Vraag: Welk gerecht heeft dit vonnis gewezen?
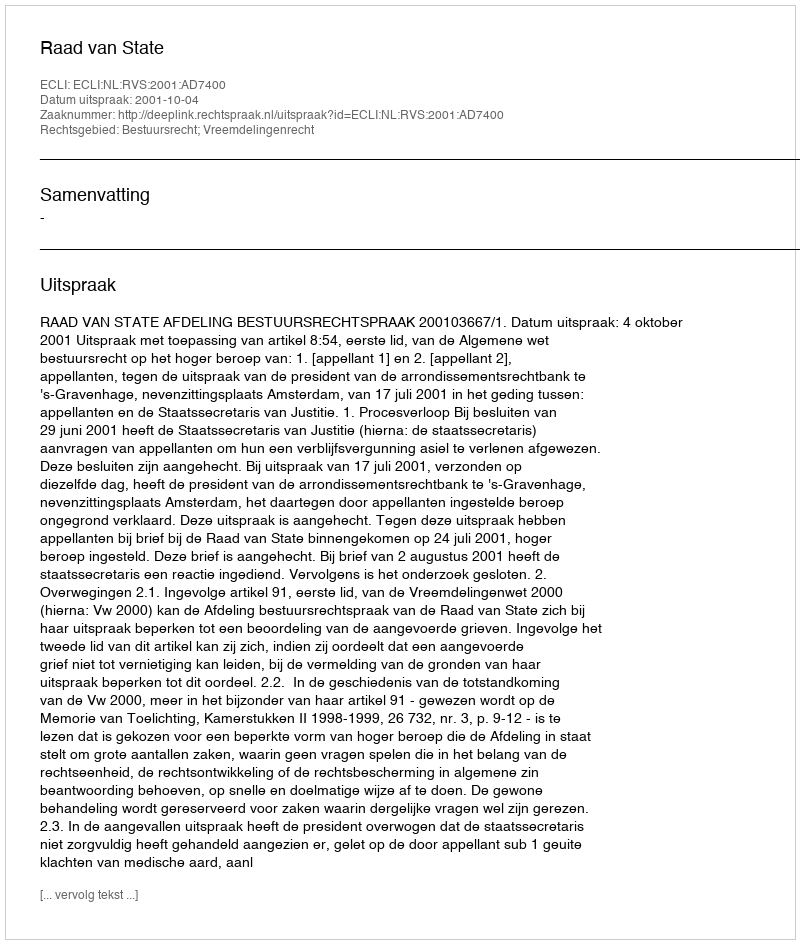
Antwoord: Raad van State